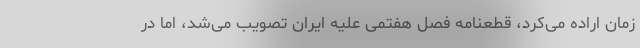
زمان اراده می‌کرد، قطعنامه فصل هفتمی علیه ایران تصویب می‌شد، اما در